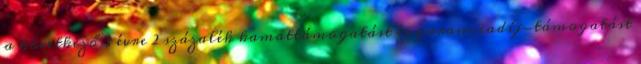
a következő 3 évre 2 százalék kamattámogatást és garanciadíj-támogatást